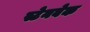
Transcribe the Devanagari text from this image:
स्टेनबेक